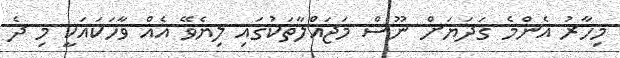
މިހާރު އެންމެ ގަދަޔަށް ނޫސް މަޖައްލާތަކުގައި ލިޔެވޭ އެއް ވާހަކައަކީ މި ދެ